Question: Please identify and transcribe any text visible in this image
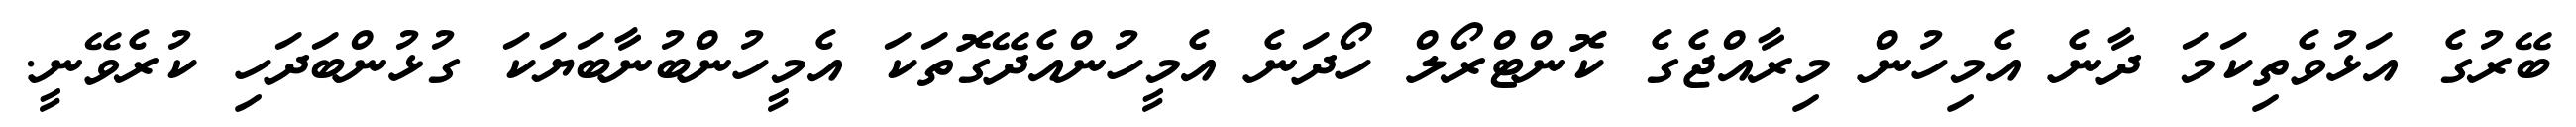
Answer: ބޭރުގެ އަޅުވެތިކަމަ ދާނެ އެމިހުން މިރާއްޖެގެ ކޮންޓްރޯލް ހޯދަނެ އެމީހުންއެދޭގޮތަކަ އެމީހުންބުނާބަޔަކަ ގުޅުންބަދަހި ކުރެވޭނީ.